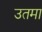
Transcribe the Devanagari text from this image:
उतमा